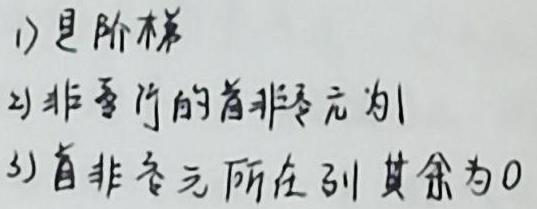
1) 是阶梯
2) 非零行的首非零元为1
3) 首非零元所在列其余为0